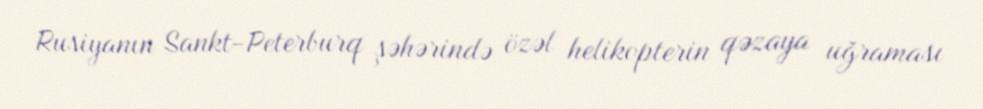
Rusiyanın Sankt-Peterburq şəhərində özəl helikopterin qəzaya uğraması